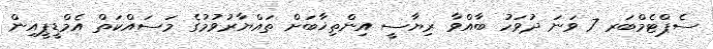
ސެޕްޓެމްބަރ 7 ވަނަ ދުވަހު ބާއްވާ ރިޔާސީ އިންތިޚާބަށް ތައްޔާރުވުމުގެ މަސައްކަތް އެމްޑީޕީއިން